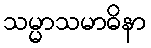
သမ္မာသမာဓိနာ